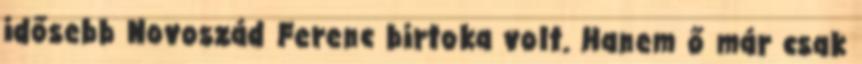
idősebb Novoszád Ferenc birtoka volt. Hanem ő már csak